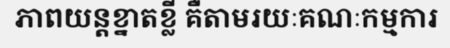
ភាពយន្តខ្នាតខ្លី គឺតាមរយៈគណៈកម្មការ